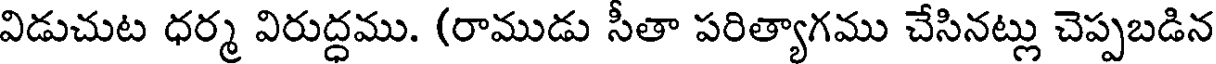
విడుచుట ధర్మ విరుద్ధము. (రాముడు సీతా పరిత్యాగము చేసినట్లు చెప్పబడిన